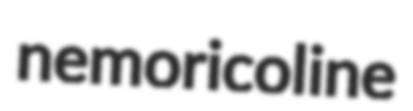
nemoricoline